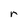
Character: r